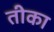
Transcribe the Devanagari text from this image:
तीका